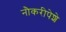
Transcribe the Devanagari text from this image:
नौकरीपेशे